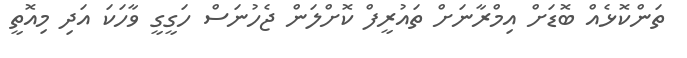
ތަންކޮޅެއް ބޮޑަށް އިމްރާނަށް ތައުރީފް ކޮށްލަން ޖެހުނަސް ހަގީގީ ވާހަކަ އަދި މިއޮތީ